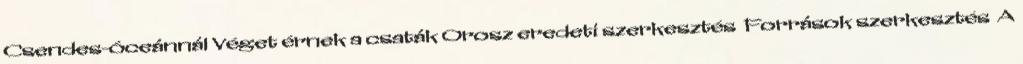
Csendes-óceánnál Véget érnek a csaták Orosz eredeti szerkesztés Források szerkesztés A